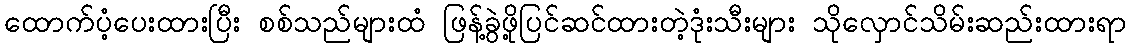
ထောက်ပံ့ပေးထားပြီး စစ်သည်များထံ ဖြန့်ခွဲဖို့ပြင်ဆင်ထားတဲ့ဒုံးသီးများ သိုလှောင်သိမ်းဆည်းထားရာ